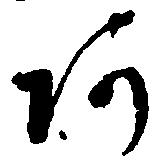
阿